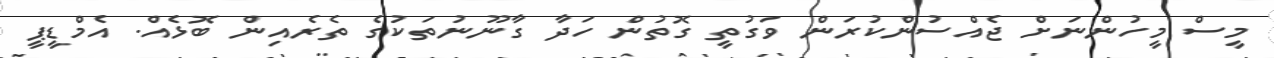
މީސް މީހުންނަށް ޖެއްސުންކުރަން ވަގުތީ ގޮތުން ހަދާ ގާނޫނުތަކުގެ ތެރެއިން ބޮޅެއް. އެމްޑީޕީ